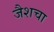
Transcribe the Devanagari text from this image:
जैशचा